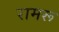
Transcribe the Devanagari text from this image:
रामरू